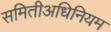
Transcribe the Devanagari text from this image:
समितीअधिनियम